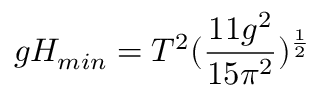
g H _ { m i n } = T ^ { 2 } ( \frac { 1 1 g ^ { 2 } } { 1 5 \pi ^ { 2 } } ) ^ { \frac { 1 } { 2 } }